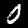
Digit: 0